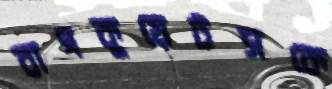
বাগকুয়েটসকে